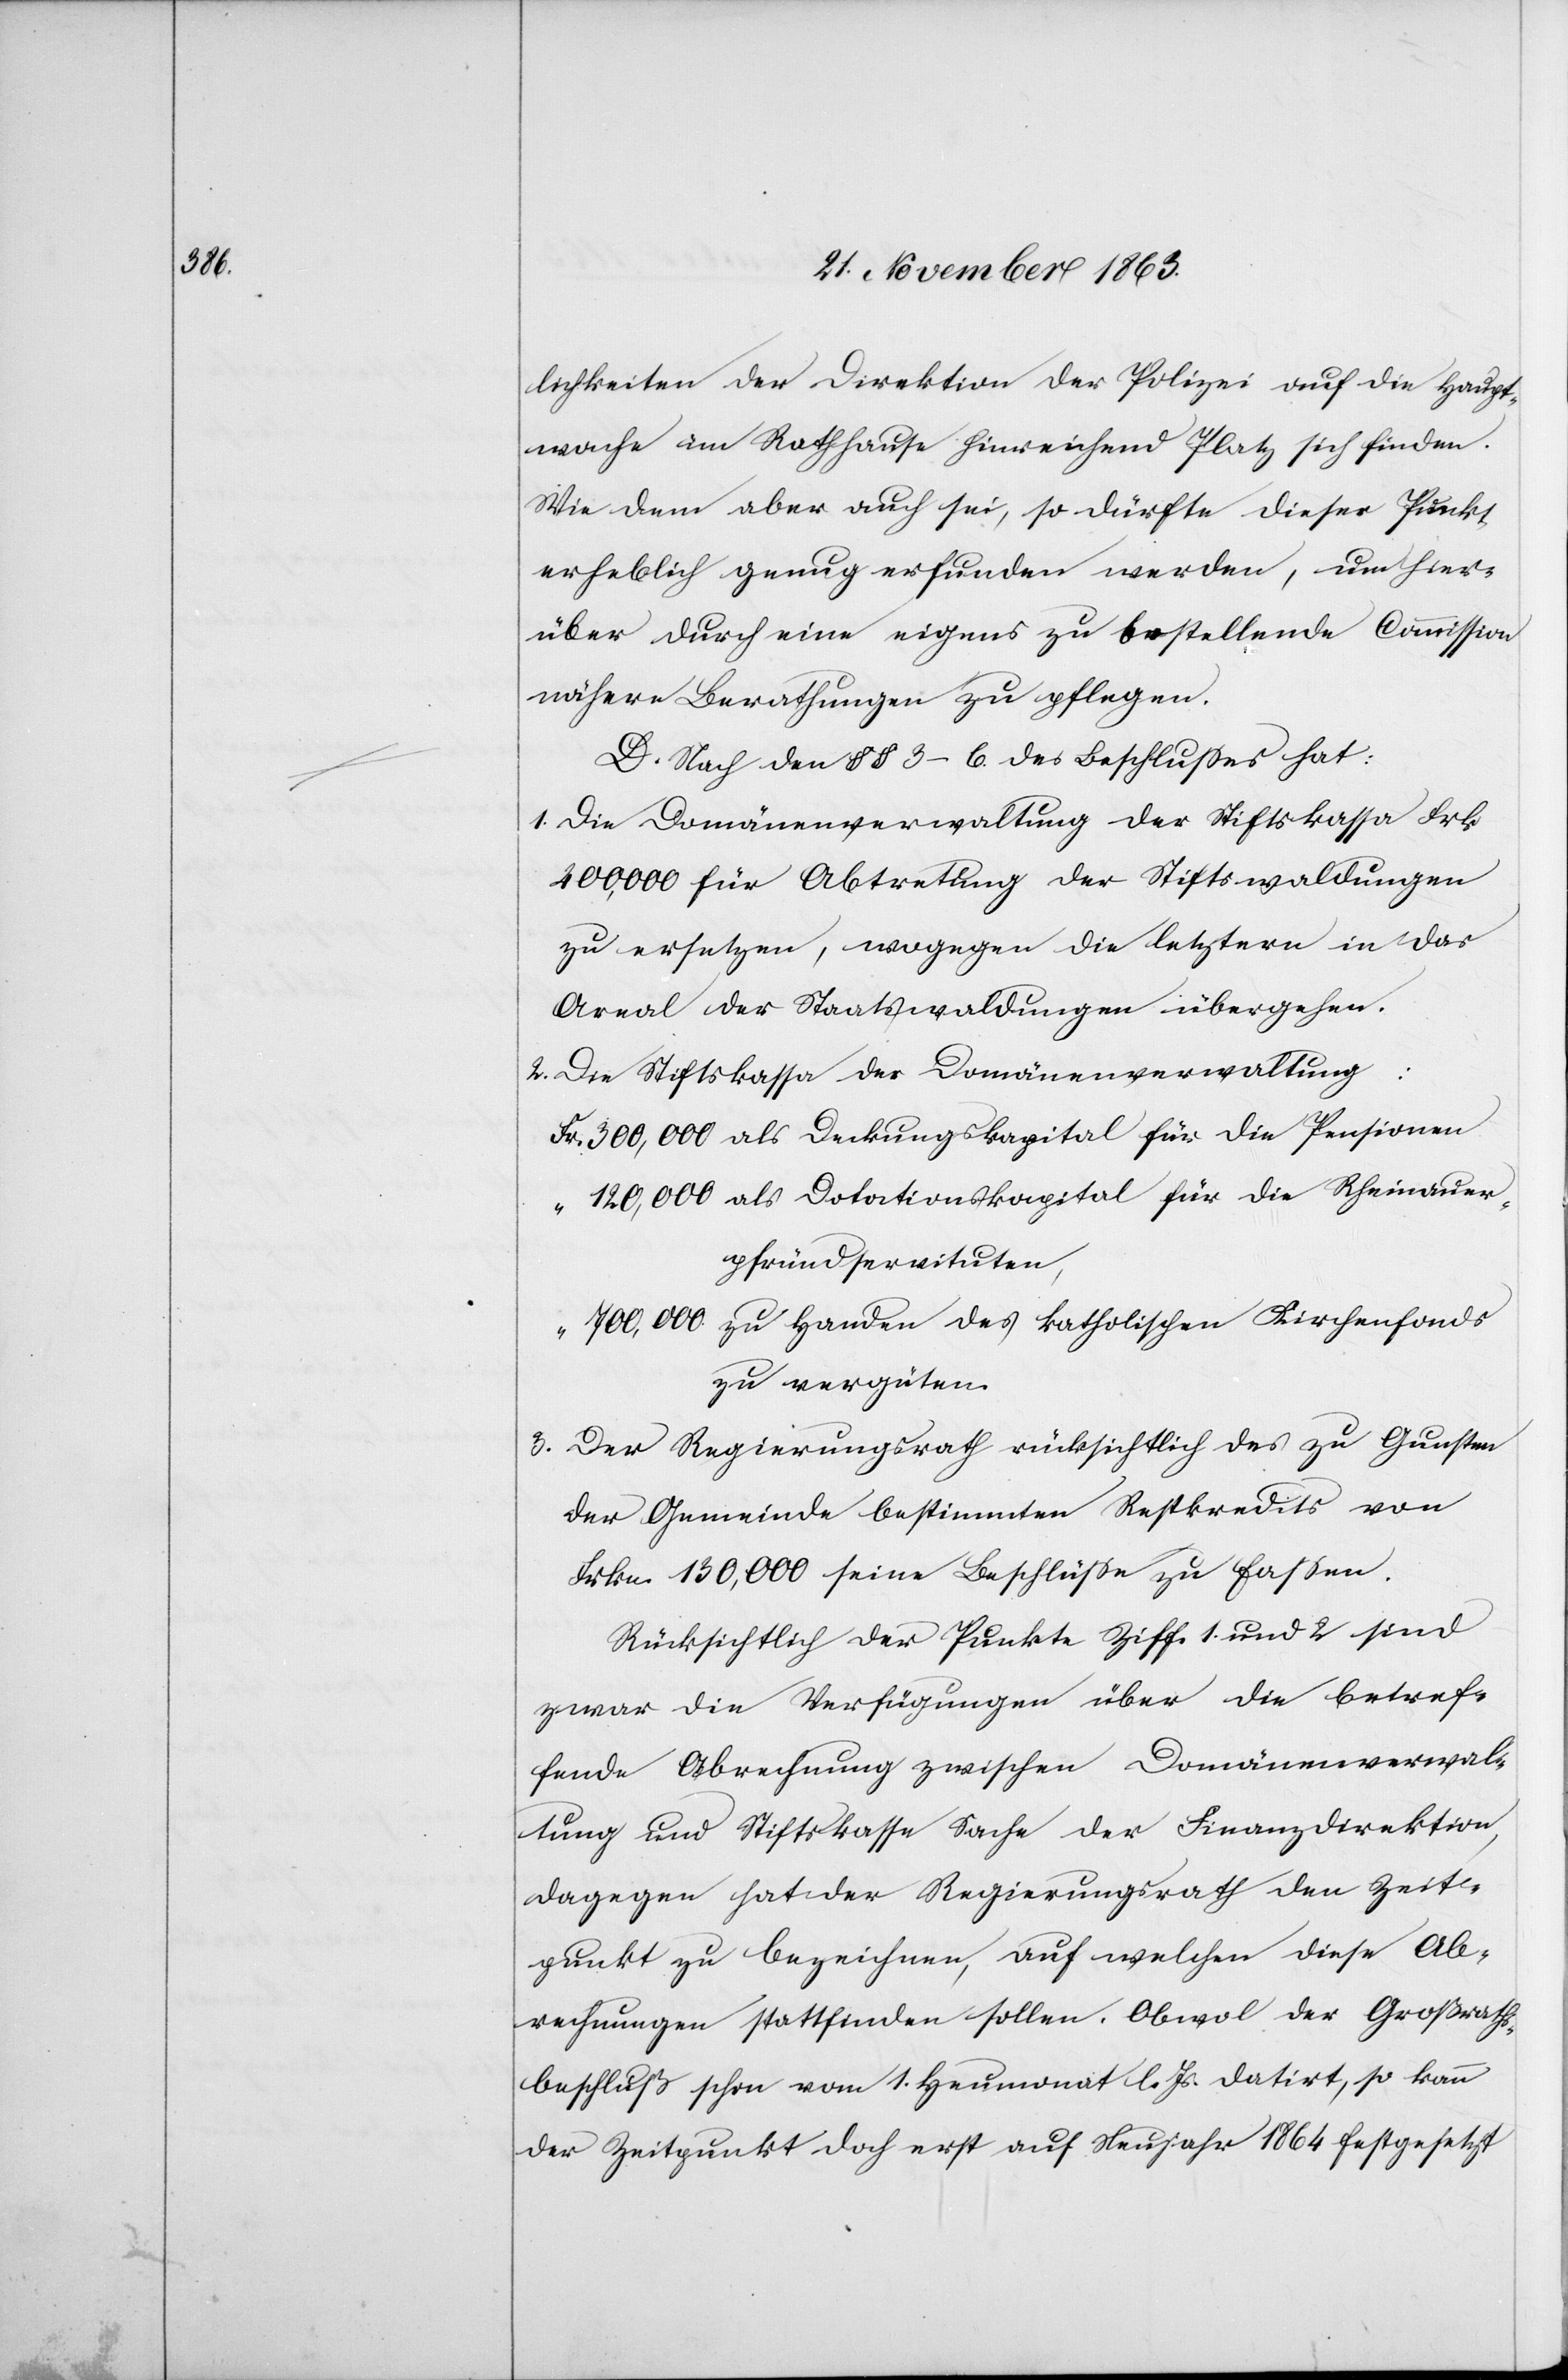
lichkeiten der Direktion der Polizei auf die Haupt¬
wache im Rathhause hinreichend Platz sich finden.
Wie dem aber auch sei, so dürfte dieser Punkt
erheblich genug erfunden werden, um hier¬
über durch eine eigens zu bestellende Commission
nähere Berathungen zu pflegen.
D. Nach den §§ 3–6 des Beschlusses hat:
1. Die Domänenverwaltung der Stiftskassa Frk
200,000 für Abtretung der Stiftswaldungen
zu ersetzen, wogegen die letztern in das
Areal der Staatswaldungen übergehen.
2. Die Stiftskassa der Domänenverwaltung:
Fr. 300,000 als Deckungskapital für die Pensionen
“ 12,000 als Dotationskapital für die Rheinauer¬
pfründservituten,
700,000 zu Handen des katholischen Kirchenfonds
zu vergüten.
3. Der Regierungsrath rücksichtlich des zu Gunsten
der Gemeinde bestimmten Restkredits von
Frkn. 130,000 seine Beschlüsse zu fassen.
Rücksichtlich der Punkte Ziff. 1. und 2 sind
zwar die Verfügungen über die betref¬
fende Abrechnung zwischen Domänenverwal¬
tung und Stiftskasse Sache der Finanzdirektion,
dagegen hat der Regierungsrath den Zeit¬
punkt zu bezeichnen, auf welchen diese Ab¬
rechnungen stattfinden sollten. Obwol der Großraths¬
beschluß schon vom 1. Heumonat l. Js. datirt, so kann
der Zeitpunkt doch erst auf Neujahr 1864 festgesetzt